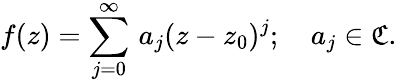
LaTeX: f(z)=\sum_{j=0}^{\infty}\, a_{j}(z-z_{0})^{j};\quad a_{j}\in\mathfrak{C}.